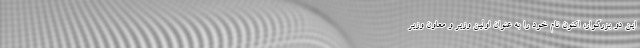
این دو بزرگوار، اکنون نام خود را به عنوان اولین وزیر و معاون وزیر